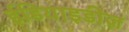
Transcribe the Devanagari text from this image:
ईडियाइडीज़